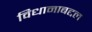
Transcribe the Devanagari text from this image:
विधानाबद्दल